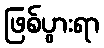
ဖြစ်ပွားရာ